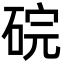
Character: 𬒑